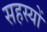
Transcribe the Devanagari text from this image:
सहस्यों